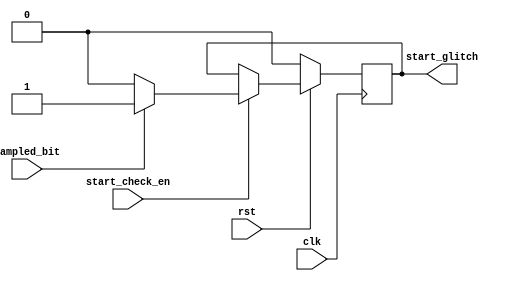
module start_check(
    input start_check_en,
    input sampled_bit,
    input clk,rst,
    output reg start_glitch
);
always @(posedge clk) begin
    if (!rst) begin
        start_glitch<=1'b0;
    end
    else if (start_check_en) begin
        start_glitch=(sampled_bit)?1'b1:1'b0;
    end
end
endmodule